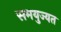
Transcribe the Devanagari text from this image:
समयुज्यत